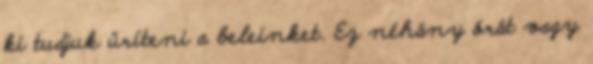
ki tudjuk üríteni a beleinket. Ez néhány órát vagy